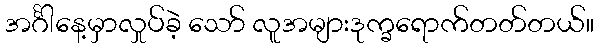
အင်္ဂါနေ့မှာလှုပ်ခဲ့ သော် လူအများဒုက္ခရောက်တတ်တယ်။